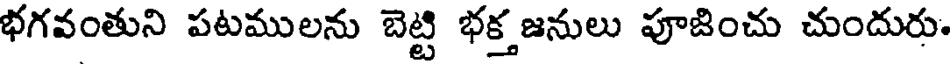
భగవంతుని పటములను బెట్టి భక్త జనులు పూజించు చుందురు.